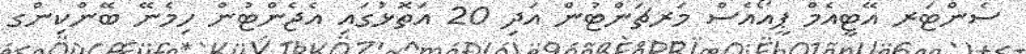
ސެންޓަރ އޭޓީއެމް ޕީއޯއެސް މަރޗަންޓުން އަދި 20 އަތޮޅުގައި އެޖެންޓުން ހިމެނޭ ބޭންކިންގ